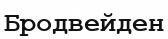
Бродвейден